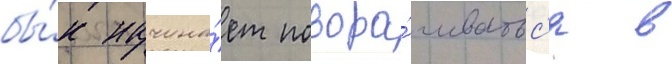
бы́к начина́ет повора́чиватьс'я в